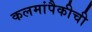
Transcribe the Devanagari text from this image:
कलमांपैकीची